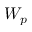
W _ { p }